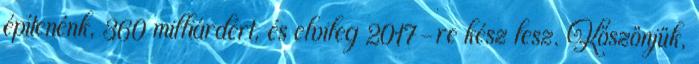
építenénk, 360 milliárdért, és elvileg 2017-re kész lesz. Köszönjük,